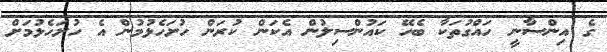
ގެ އިންސާނީ ހައްގުތަކާ ބެހޭ ކައުންސިލުން އެކަން ކުރަން ހުށަހެޅުމުން އެ ހުށަހެޅުމަށް